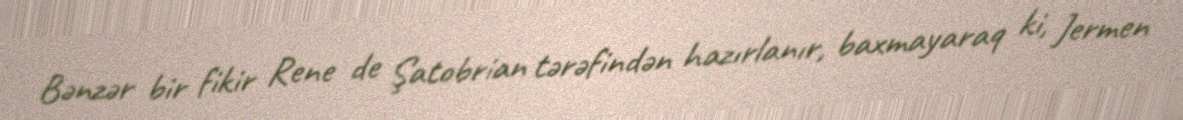
Bənzər bir fikir Rene de Şatobrian tərəfindən hazırlanır, baxmayaraq ki, Jermen